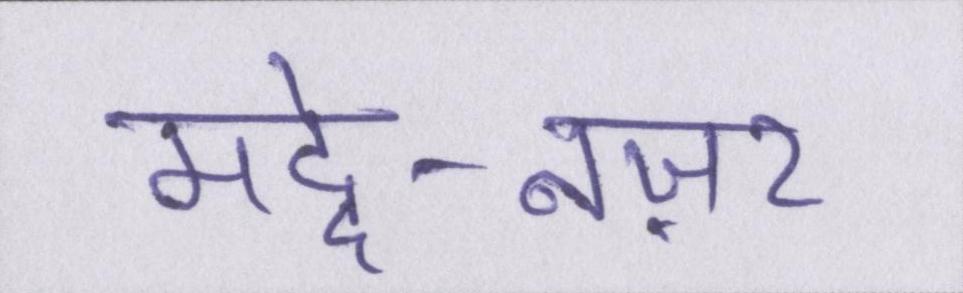
मद्दे-नज़र